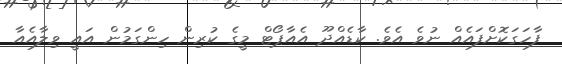
ފާހަގަކޮށްފައެއް ނުވެ އެވެ. ކާޑެއްދޫ އެއާޕޯޓް މީގެ ކުރިން ހިންގަމުން އައީ ވިލާއެއާ